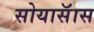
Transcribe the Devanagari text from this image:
सोयासॅास